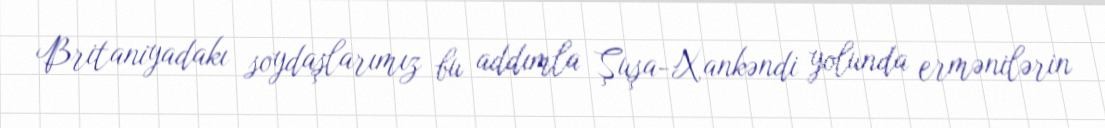
Britaniyadakı soydaşlarımız bu addımla Şuşa-Xankəndi yolunda ermənilərin